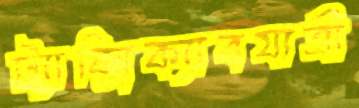
ট্যাক্সিক্যাবযাত্রী